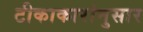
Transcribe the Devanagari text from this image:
टीकाकारांनुसार